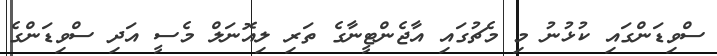
ސްވިޑަންގައި ކުޅުނު މި މެޗުގައި އާޖެންޓީނާގެ ތަރި ލިއޮނަލް މެސީ އަދި ސްވިޑަންގެ